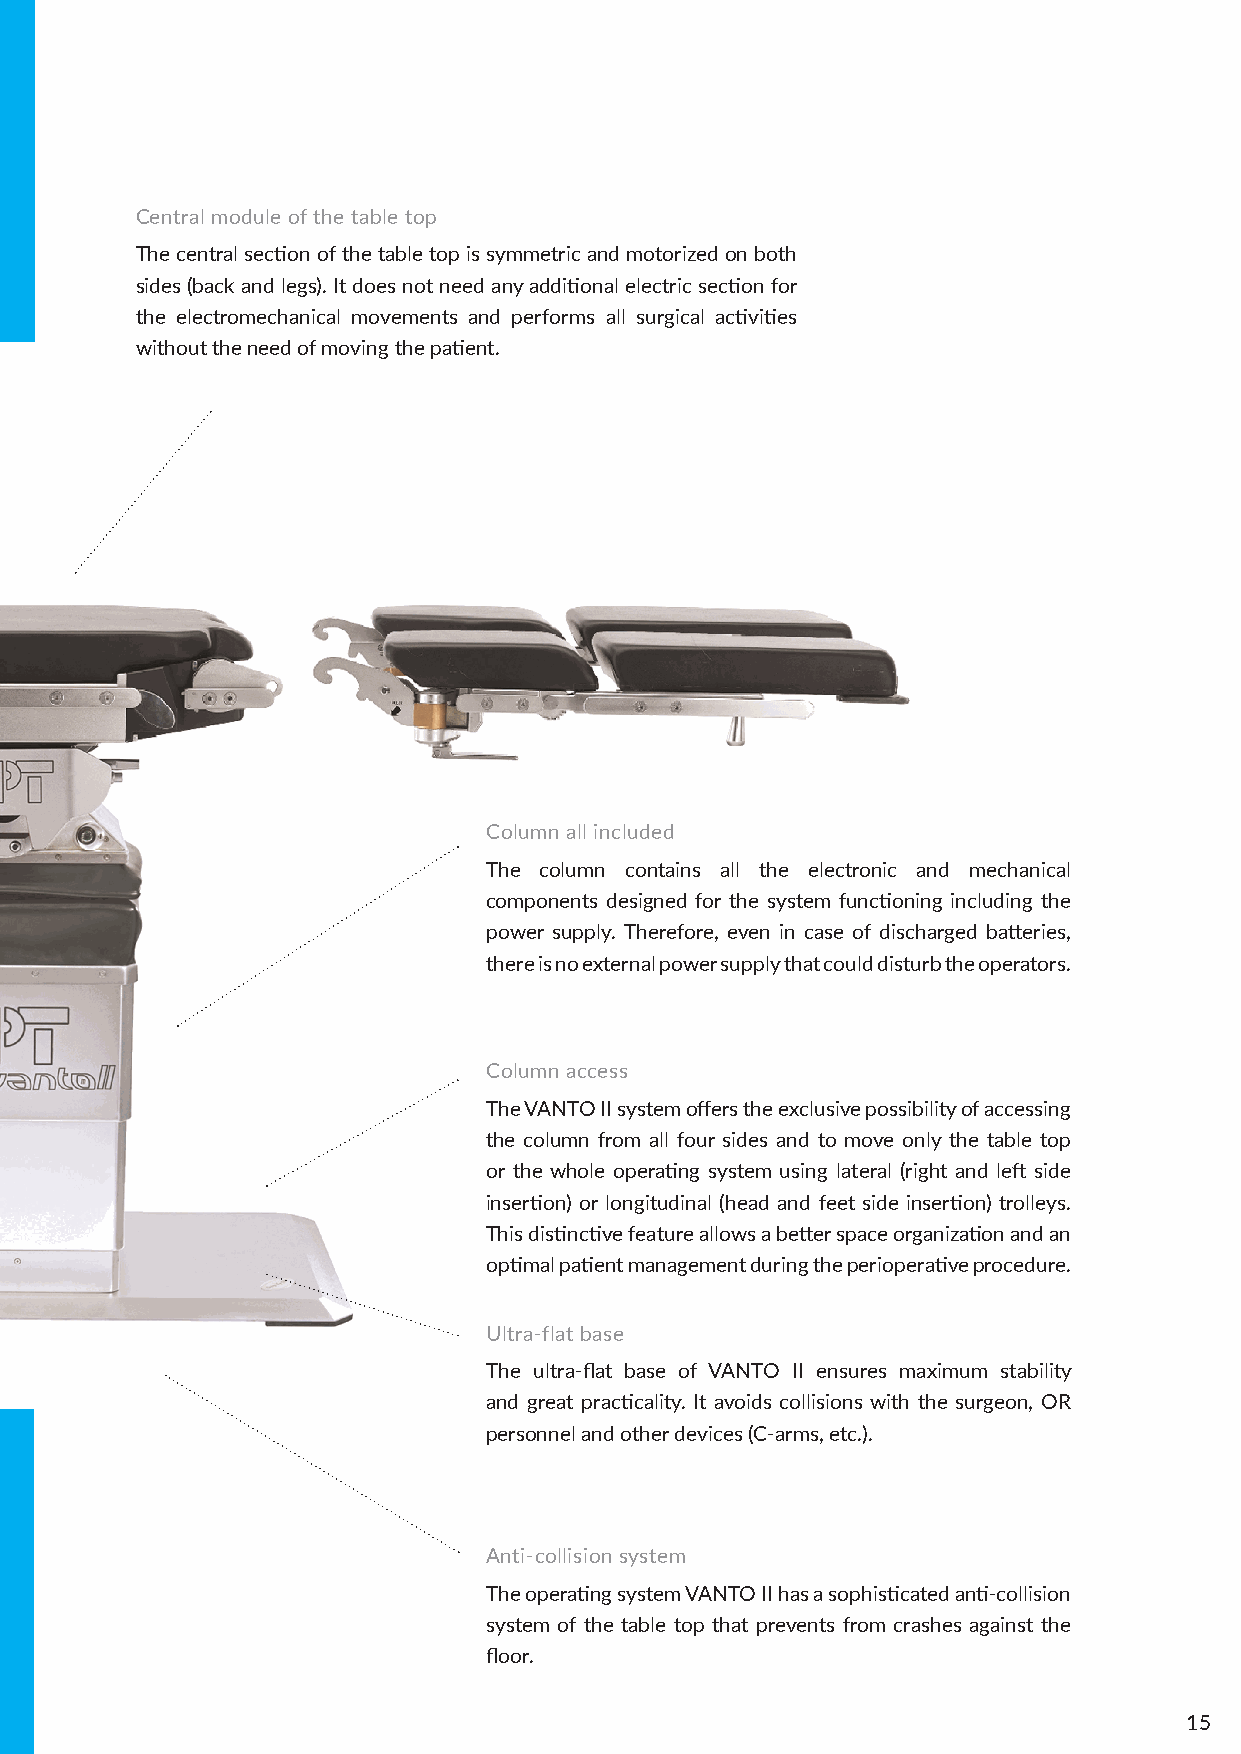
Central module of the table top
 The central section of the table top is symmetric and motorized on both
 sides (back and legs). It does not need any additional electric section for
 the electromechanical movements and performs all surgical activities
 without the need of moving the patient.
 Column all included
 The column contains all the electronic and mechanical
 components designed for the system functioning including the
 power supply. Therefore, even in case of discharged batteries,
 there is no external power supply that could disturb the operators.
 Column access
 The VANTO II system offers the exclusive possibility of accessing
 the column from all four sides and to move only the table top
 or the whole operating system using lateral (right and left side
 insertion) or longitudinal (head and feet side insertion) trolleys.
 This distinctive feature allows a better space organization and an
 optimal patient management during the perioperative procedure.
 Ultra-flat base
 The ultra-flat base of VANTO II ensures maximum stability
 and great practicality. It avoids collisions with the surgeon, OR
 personnel and other devices (C-arms, etc.).
 Anti-collision system
 The operating system VANTO II has a sophisticated anti-collision
 system of the table top that prevents from crashes against the
 floor.
 15